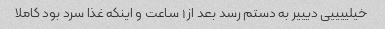
خیلییییی دیییر به دستم رسد بعد از ۱ ساعت و اینکه غذا سرد بود کاملا